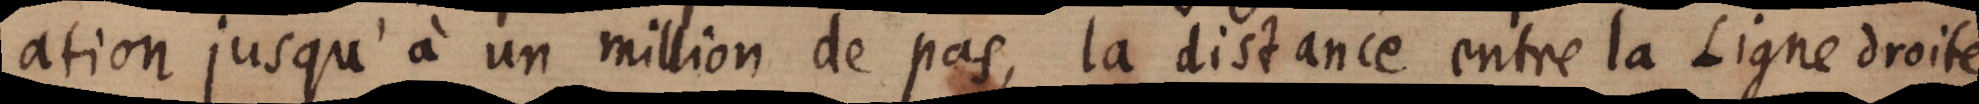
ation jusqu’à un million de pas, la distance entre la Ligne droite